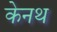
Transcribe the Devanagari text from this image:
केनथ